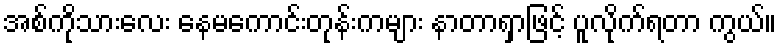
အစ်ကိုသားလေး နေမကောင်းတုန်းကများ နာတာရှာဖြင့် ပူလိုက်ရတာ ကွယ်။